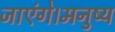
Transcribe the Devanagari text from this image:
जाएंगे।मनुष्य